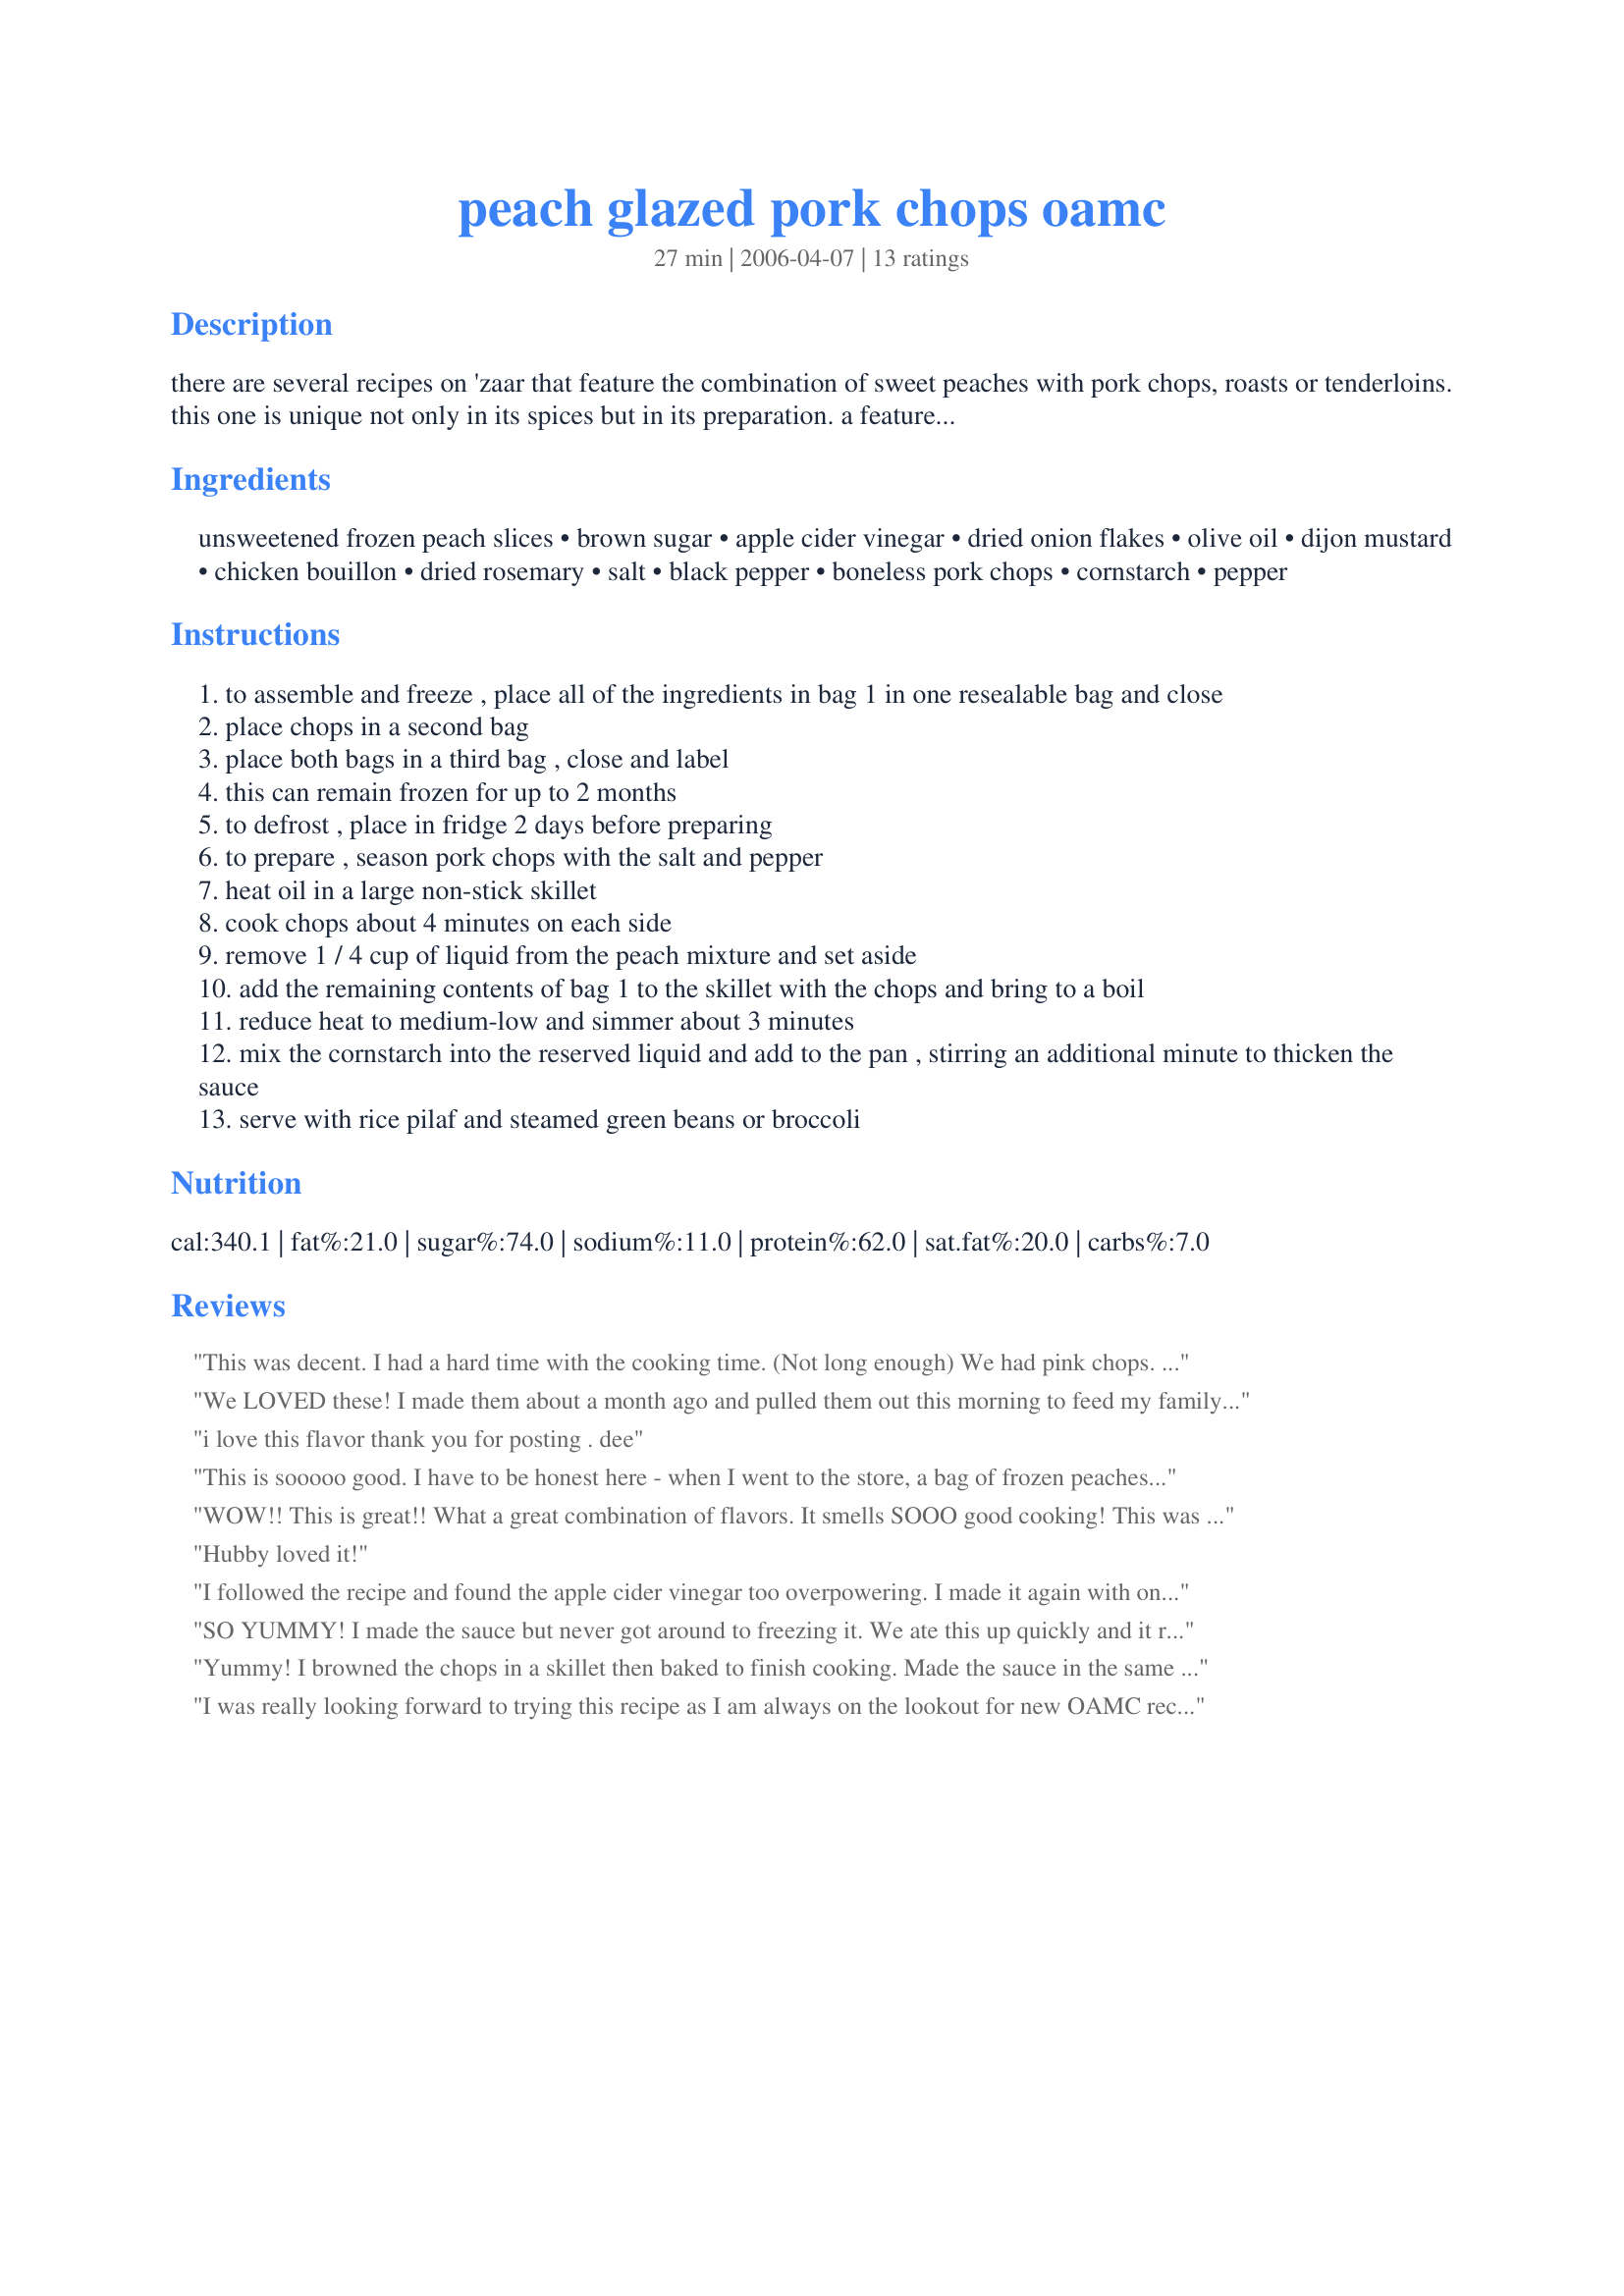
peach glazed pork chops oamc
Preparation time: 27 minutes

there are several recipes on 'zaar that feature the combination of sweet peaches with pork chops, roasts or tenderloins. this one is unique not only in its spices but in its preparation. a featured entree from dream dinners, the franchise that helps families prepare make-ahead meals, this dish recently appeared in family circle magazine. i've trying these without freeze and they were wonderful and saucy without being too sweet. i added a pinch of ground ginger to mine and will most likely add a wee bit of extra onion, but not so much as to change the balance of sweet and savory flavors. have some additional bags assembled but have not yet defrosted and cooked. if you are making these fresh you can skip the bagging, frezing and defrosting steps (1-2). (279 cal/14 g fat/2 g fiber)

Ingredients:
unsweetened frozen peach slices, brown sugar, apple cider vinegar, dried onion flakes, olive oil, dijon mustard, chicken bouillon, dried rosemary, salt, black pepper, boneless pork chops, cornstarch, pepper

Steps:
to assemble and freeze , place all of the ingredients in bag 1 in one resealable bag and close
place chops in a second bag
place both bags in a third bag , close and label
this can remain frozen for up to 2 months
to defrost , place in fridge 2 days before preparing
to prepare , season pork chops with the salt and pepper
heat oil in a large non-stick skillet
cook chops about 4 minutes on each side
remove 1 / 4 cup of liquid from the peach mixture and set aside
add the remaining contents of bag 1 to the skillet with the chops and bring to a boil
reduce heat to medium-low and simmer about 3 minutes
mix the cornstarch into the reserved liquid and add to the pan , stirring an additional minute to thicken the sauce
serve with rice pilaf and steamed green beans or broccoli

Reviews:
This was decent. I had a hard time with the cooking time. (Not long enough) We had pink chops. It was fair as far as taste, but probably won't make it again.
We LOVED these! I made them about a month ago and pulled them out this morning to feed my family of four plus my visiting friend. I speed defrosted them though my chops were still a teeny bit frozen. This made the time for cooking off. Dh thought I put the peaches on too soon so I put the lid on for a few minutes to help them finish cooking. So it took me a little longer then it should have, but it was so tremendous tasting I don't care! I'll make this one again. Thanks for sharing this one, Toni!
 i love this flavor thank you for posting . dee
This is sooooo good. I have to be honest here - when I went to the store, a bag of frozen peaches was $9.99 and there were no fresh ones available. So, I used canned. I'm sure it's not as good with the canned, but we were still fighting to get the peaches left on the platter! They had absorbed the flavor of the sauce and were wonderful. I will definately have this again and I'll even splurge for the frozen peaches! Thanks, Toni.
WOW!! This is great!! What a great combination of flavors. It smells SOOO good cooking! This was my first OAMC recipe and I am thrilled. The whole family loved it. This will be a regular meal! Thank you! YUMM!
Hubby loved it!
I followed the recipe and found the apple cider vinegar too overpowering. I made it again with only 1 tablespoon of apple cider vinegar and it was PERFECT!
The adults loved it, the kids were about 50/50.
I served it with brown rice the first time and barley the second. It was great with both.
Thanks for the great recipe!
SO YUMMY! I made the sauce but never got around to freezing it. We ate this up quickly and it reheated well. Served the sauce with diced pork chops and rice and it had the sweet and sour vibe. Thank you for a great recipe!
Yummy! I browned the chops in a skillet then baked to finish cooking. Made the sauce in the same skillet to get up all the browned bits. The sauce reminded me of fruity German potato salad. Since I didn't cook the sauce and chops together, it was very kid friendly as they didn't take sauce if they didn't want it. My husband was surprised that it was a freezer recipe. I will be making this again.
I was really looking forward to trying this recipe as I am always on the lookout for new OAMC recipes, but unfortunately this recipe just did not go over well for us. I used fresh peaches which were totally soggy after cooking and somehow the rosemary/peach combination was not enjoyed by any of us. It did however, look really good and smelled terrific while cooking. Sorry, but we won't be making this again.
Fixed this dish using boneless tenderized chops. Forgot to add the onion. Also, used fresh peaches from our tree. DH though it was outstanding!!! I really enjoyed it too.Kids didn't like it though. After I browned the chops I poured the sauce on and put it all in crock pot on low for after church. It cooked about 4 hours. Really good recipe. Can't wait to make it using OAMC directions.
I thought this was very good! Hubby wasn't too sure. I used frozen peaches and cooked everything in one dish. The pork was especially yummy if you ate it WITH the peaches on the same fork. I even made a yogurt parfait with the leftover peaches (sounds weird, but it was good). I think the opinions on the peaches might vary due to ripeness maybe?
This is great. My Family doesn't like a lot of food but they loved this
